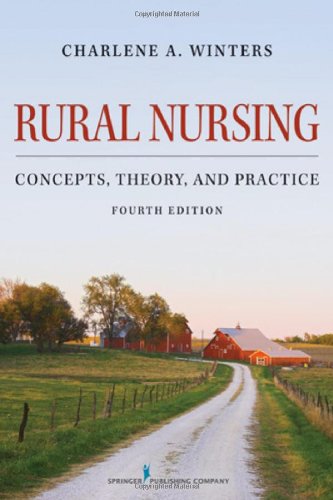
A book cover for Rural Nursing: Concepts, Theory, and Practice, Fourth Edition; Medical Books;